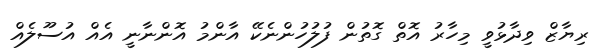
ރިޔާޒް ވިދާޅުވީ މިހާރު އޮތް ގޮތުން ފުލުހުންނެކޭ އާންމު އޮންނާނީ އެއް އުސޫލެއް